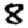
Digit: 8